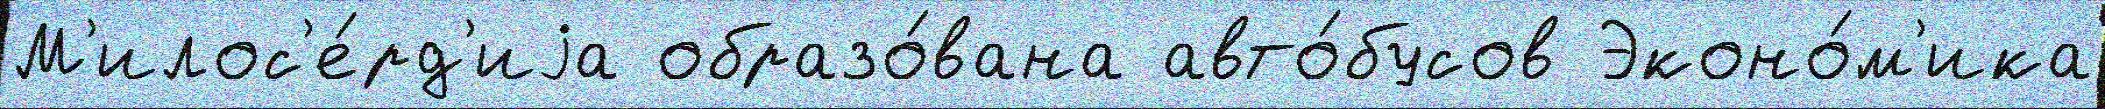
М'илос'е́рд'иjа образо́вана авто́бусов Эконо́м'ика